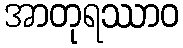
အာတုရဿာဝ